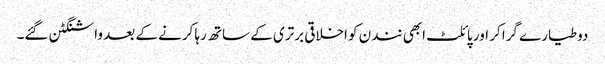
دو طیارے گرا کر اور پائلٹ ابھی نندن کو اخلاقی برتری کے ساتھ رہا کرنے کے بعد واشنگٹن گئے۔